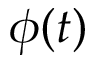
\phi ( t )